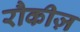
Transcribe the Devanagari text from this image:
रौकीज़